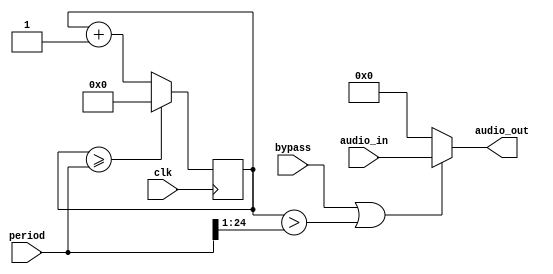
`timescale 1ns / 1ps
//////////////////////////////////////////////////////////////////////////////////
// Company: 
// Engineer: 
// 
// Design Name: 
// Module Name:    tremolo 
// Project Name: 
// Target Devices: 
// Tool versions: 
// Description: 
//
// Dependencies: 
//
// Revision: 
// Revision 0.01 - File Created
// Additional Comments: 
//
//////////////////////////////////////////////////////////////////////////////////
module tremolo (input wire clk, input wire [23:0] audio_in, input wire [24:0] period, output wire [23:0] audio_out, input wire bypass);
    //parameter amplitude = 24'hfffff; // TODO CHANGE?
	 //parameter freq = 440;
    reg [31:0] count = 0;
    
    //logic[31:0] period = (48000000 / freq);
    
    
    always @(posedge clk)
        if(count >= (period))
            count <= 0;
        else 
		      count <= count + 1;
    
    assign audio_out = (bypass || (count > (period >> 1))) ? audio_in : 0;



endmodule